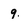
Character: 9